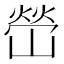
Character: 嵤